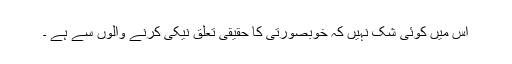
اس میں کوئی شک نہیں کہ خوبصورتی کا حقیقی تعلق نیکی کرنے والوں سے ہے ۔